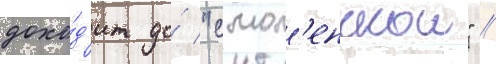
дохо́д'ит до́ "смол'енскои" //